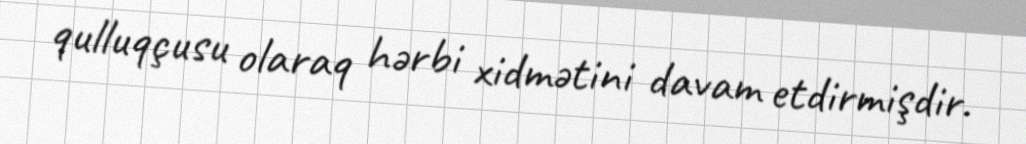
qulluqçusu olaraq hərbi xidmətini davam etdirmişdir.